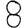
Digit: 8